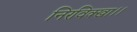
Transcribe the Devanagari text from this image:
निरविक्खा।।